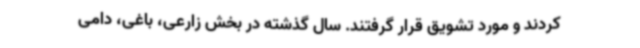
کردند و مورد تشویق قرار گرفتند. سال گذشته در بخش زارعی، باغی، دامی